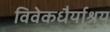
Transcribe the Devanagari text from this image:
विवेकधैर्याश्रय